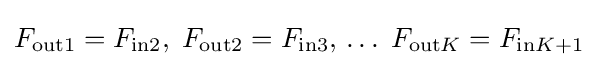
F_{\text{out1}}=F_{\text{in2}},\;F_{\text{out2}}=F_{\text{in3}},\,\ldots \;F_{{\text{out}}K}=F_{{\text{in}}K+1}